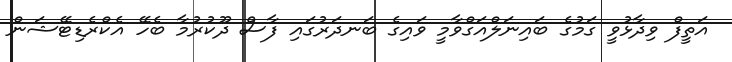
އަތީފް ވިދާޅުވީ ގަމުގެ ބައިނަލްއަގްވާމީ ވައިގެ ބަނދަރުގައި ފާސް ދޫކުރުމާ ބެހޭ އެކްރެޑިޓޭޝަން